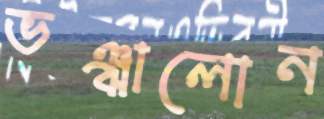
ভঞ্ঝালোন